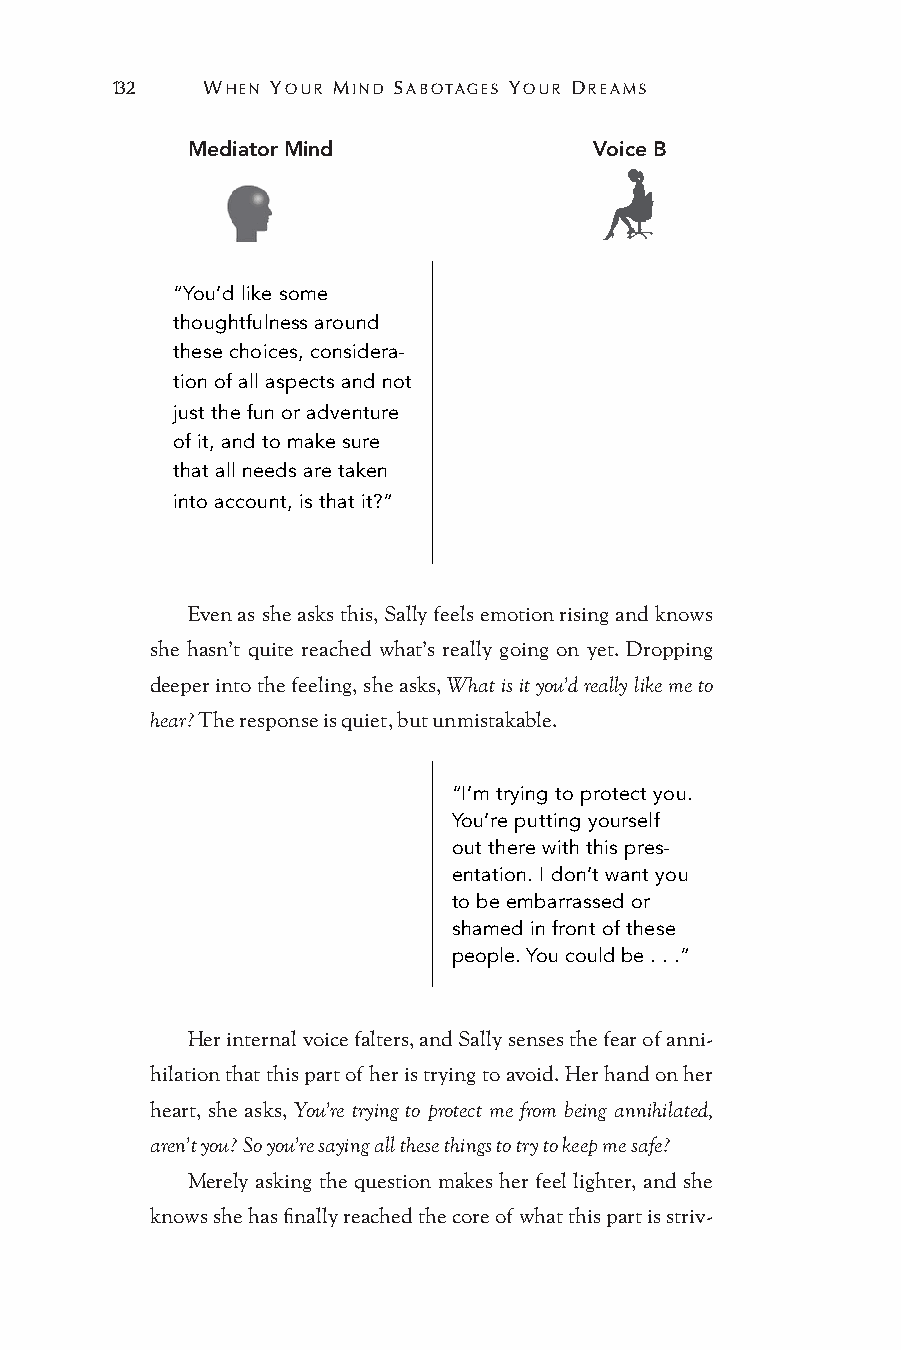
132   WHEN YOUR MIND SABOTAGES YOUR DREAMS
 Mediator Mind              Voice B
 “You’d like some
 thoughtfulness around
 these choices, considera-
 tion of all aspects and not
 just the fun or adventure
 of it, and to make sure
 that all needs are taken
 into account, is that it?”
 Even as she asks this, Sally feels emotion rising and knows
 she hasn’t quite reached what’s really going on yet. Dropping
 deeper into the feeling, she asks, What is it you’d really like me to
 hear? The response is quiet, but unmistakable.
 “I’m trying to protect you.
 You’re putting yourself
 out there with this pres-
 entation. I don’t want you
 to be embarrassed or
 shamed in front of these
 people. You could be . . .”
 Her internal voice falters, and Sally senses the fear of anni-
 hilation that this part of her is trying to avoid. Her hand on her
 heart, she asks, You’re trying to protect me from being annihilated,
 aren’t you? So you’re saying all these things to try to keep me safe?
 Merely asking the question makes her feel lighter, and she
 knows she has finally reached the core of what this part is striv-